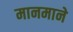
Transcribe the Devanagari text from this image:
मानमाने